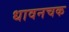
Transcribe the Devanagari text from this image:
धावनचक